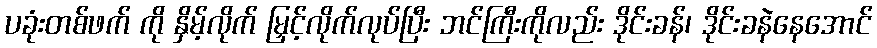
ပခုံးတစ်ဖက် ကို နှိမ့်လိုက် မြှင့်လိုက်လုပ်ပြီး ဘင်ကြီးကိုလည်း ဒိုင်းခန်၊ ဒိုင်းခနဲနေအောင်